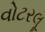
વોટરલૂ